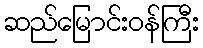
ဆည်မြောင်းဝန်ကြီး